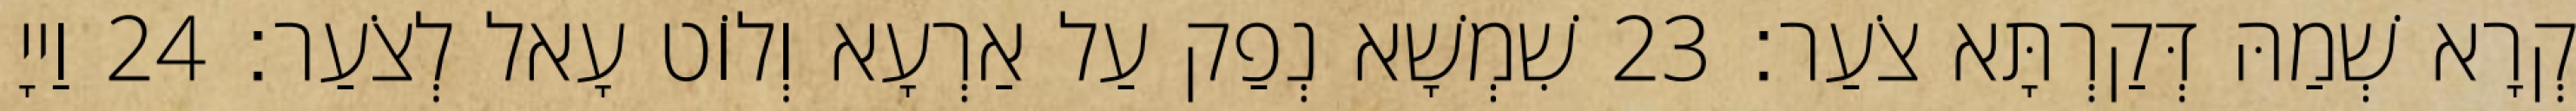
קְרָא שְׁמַהּ דְּקַרְתָּא צֹעַר׃ 23 שִׁמְשָׁא נְפַק עַל אַרְעָא וְלוֹט עָאל לְצֹעַר׃ 24 וַייָ